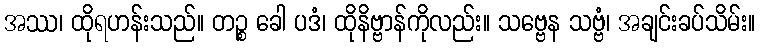
အဿ၊ ထိုရဟန်းသည်။ တဉ္စ ခေါ ပဒံ၊ ထိုနိဗ္ဗာန်ကိုလည်း။ သဗ္ဗေန သဗ္ဗံ၊ အချင်းခပ်သိမ်း။